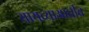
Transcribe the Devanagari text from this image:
यायच्याआधीच